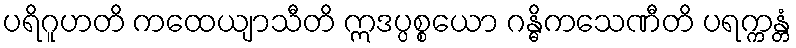
ပရိဂူဟတိ ကထေယျာသီတိ ဣဒပ္ပစ္စယော ဂန္ဓိကသေဏီတိ ပရက္ကန္တံ